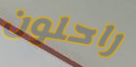
راحلون